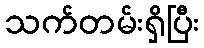
သက်တမ်းရှိပြီး